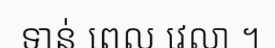
ទាន់ ពេល វេលា ។